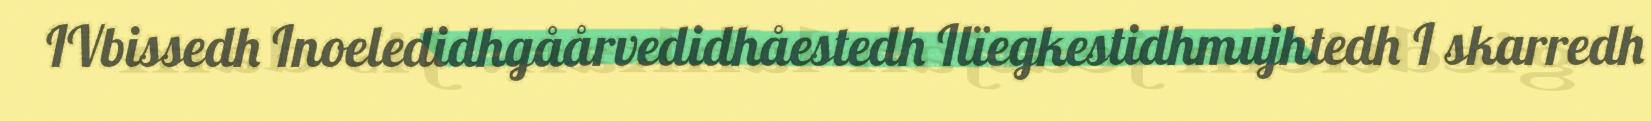
IVbissedh Inoeledidhgåårvedidhåestedh Ilïegkestidhmujhtedh I skarredh